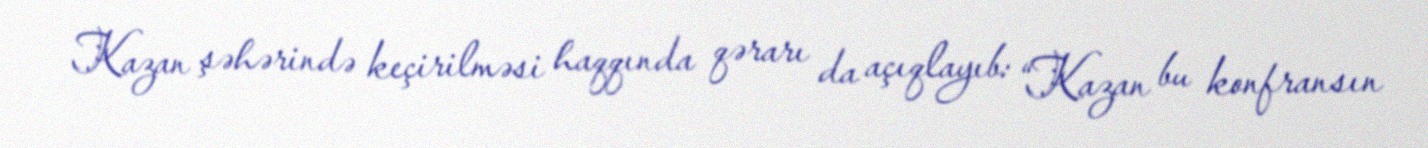
Kazan şəhərində keçirilməsi haqqında qərarı da açıqlayıb: “Kazan bu konfransın